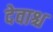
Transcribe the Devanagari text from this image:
देवाश्च